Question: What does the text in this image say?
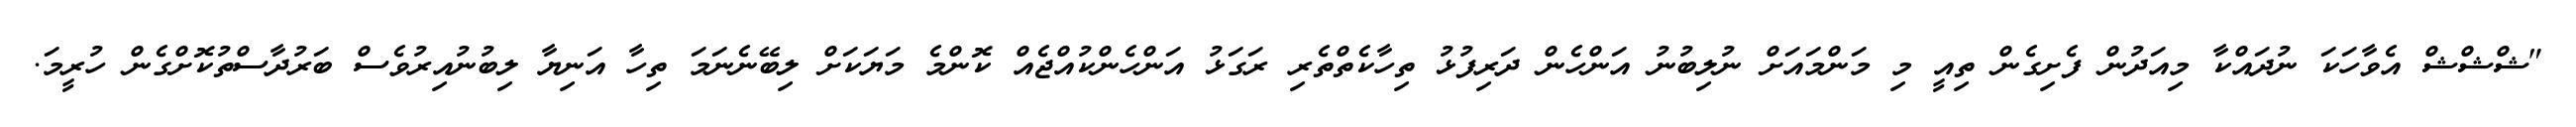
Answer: "ޝްޝްޝް އެވާހަކަ ނުދައްކާ މިއަދުން ފެށިގެން ތިއީ މި މަންމައަށް ނުލިބުނު އަންހެން ދަރިފުޅު ތިހާކެތްތެރި ރަގަޅު އަންހެންކުއްޖެއް ކޮންމެ މަޔަކަށް ލިބޭނެނަމަ ތިހާ އަނިޔާ ލިބުނުއިރުވެސް ބަރުދާސްތުކޮށްގެން ހުރީމަ.